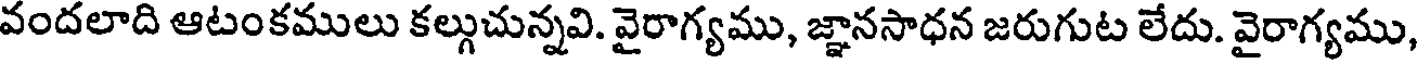
వందలాది ఆటంకములు కల్గుచున్నవి. వైరాగ్యము, జ్ఞానసాధన జరుగుట లేదు. వైరాగ్యము,